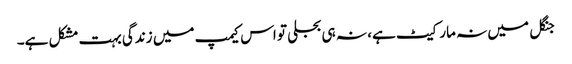
جنگل میں نہ مارکیٹ ہے، نہ ہی بجلی تو اس کیمپ میں زندگی بہت مشکل ہے۔